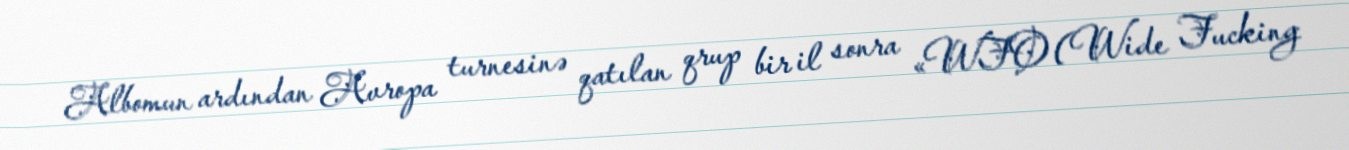
Albomun ardından Avropa turnesinə qatılan qrup bir il sonra «WFO (Wide Fucking